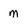
Character: m